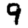
Digit: 9